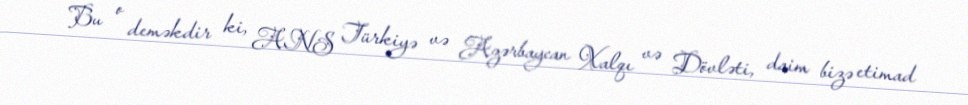
Bu o deməkdir ki, ANS Türkiyə və Azərbaycan Xalqı və Dövləti, daim bizə etimad